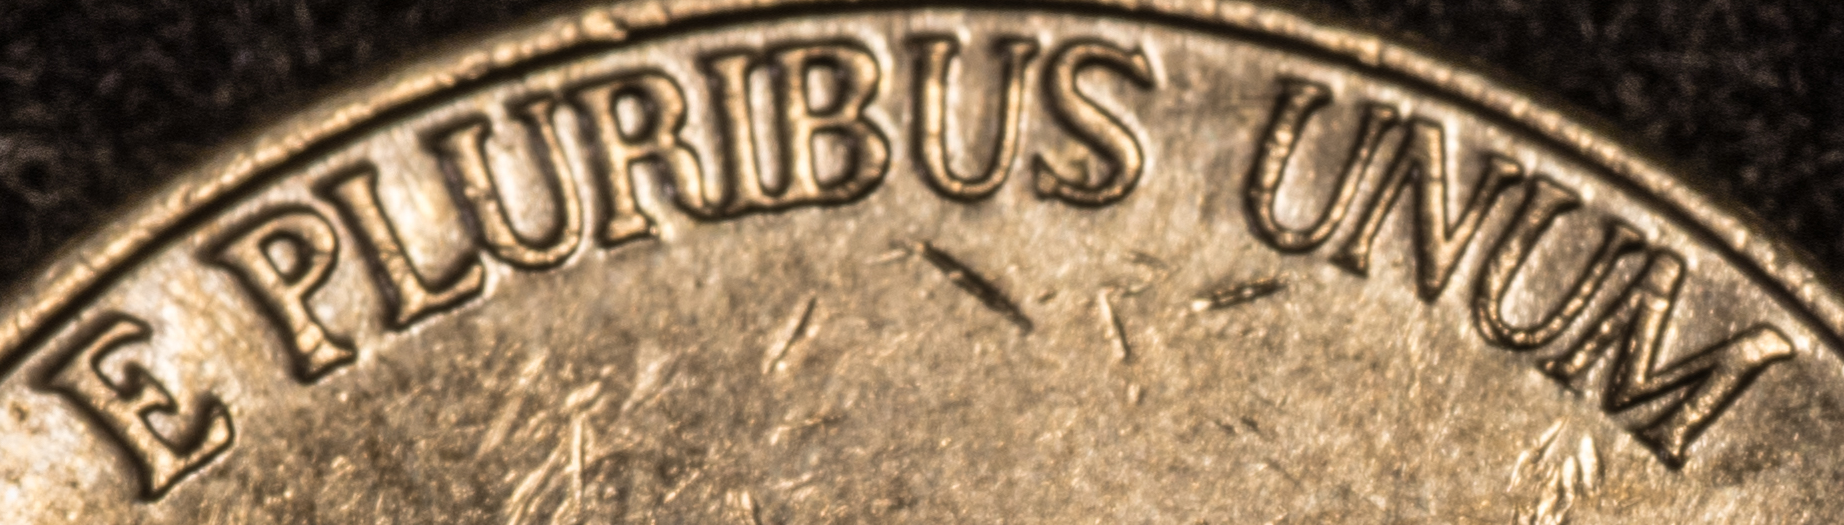
E PLURIBUS UNUM